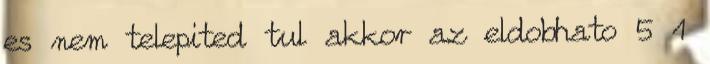
es nem telepited tul akkor az eldobhato 5 1